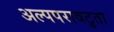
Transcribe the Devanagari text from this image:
अल्पपरावटुता